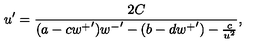
u ^ { \prime } = \frac { 2 C } { ( a - c { w ^ { + } } ^ { \prime } ) { w ^ { - } } ^ { \prime } - ( b - d { w ^ { + } } ^ { \prime } ) - \frac { c } { u ^ { 2 } } } ,